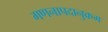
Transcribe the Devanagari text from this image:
गणनापदानुक्रम